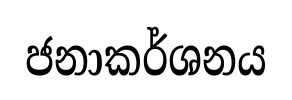
ජනාකර්ශනය